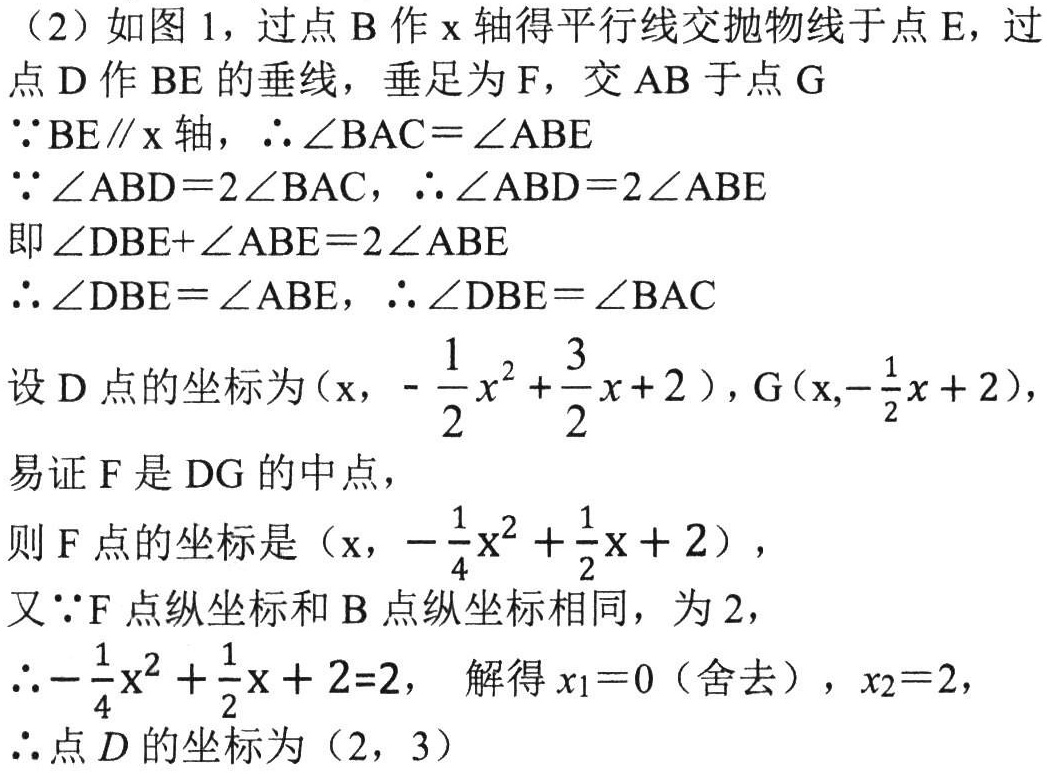
（2）如图 1，过点 B 作 x 轴得平行线交抛物线于点 E，过点 D 作 BE 的垂线，垂足为 F，交 AB 于点 G
\(\because \mathrm{BE}\parallel \mathrm{x}\)轴，\(\therefore\angle \mathrm{BAC}=\angle \mathrm{ABE}\)
\(\because \angle \mathrm{ABD}=2\angle \mathrm{BAC}\)，\(\therefore\angle \mathrm{ABD}=2\angle \mathrm{ABE}\)
即\(\angle \mathrm{DBE}+\angle \mathrm{ABE}=2\angle \mathrm{ABE}\)
\(\therefore \angle \mathrm{DBE}=\angle \mathrm{ABE}\)，\(\therefore\angle \mathrm{DBE}=\angle \mathrm{BAC}\)
设 D 点的坐标为\((\mathrm{x},-\dfrac{1}{2}x^{2}+\dfrac{3}{2}x + 2)\)，\(\mathrm{G}(\mathrm{x},-\dfrac{1}{2}x + 2)\)，
易证 F 是 DG 的中点，
则 F 点的坐标是\((\mathrm{x},-\dfrac{1}{4}\mathrm{x}^{2}+\dfrac{1}{2}\mathrm{x}+ 2)\)，
又\(\because\)F 点纵坐标和 B 点纵坐标相同，为 2，
\(\therefore-\dfrac{1}{4}\mathrm{x}^{2}+\dfrac{1}{2}\mathrm{x}+ 2 = 2\)， 解得\(x_{1}=0\)（舍去），\(x_{2}=2\)，
\(\therefore\)点\(D\)的坐标为\((2,3)\)